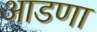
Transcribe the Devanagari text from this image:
आडणा